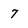
Character: 7